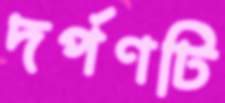
দর্পণটি